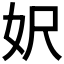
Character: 𡛄